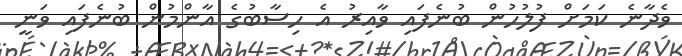
ވެދާނެ ކަމަށް ފުލުހުން ބުނެފައި ވާއިރު އެ ހިސާބުގެ އާންމުން ބުނެފައި ވަނީ